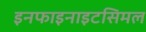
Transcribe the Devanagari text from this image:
इनफाइनाइटसिमल